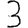
Digit: 3